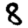
Digit: 8